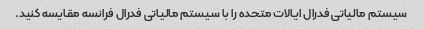
سیستم مالیاتی فدرال ایالات متحده را با سیستم مالیاتی فدرال فرانسه مقایسه کنید.